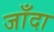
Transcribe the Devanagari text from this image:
जाँदा